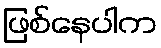
ဖြစ်နေပါက